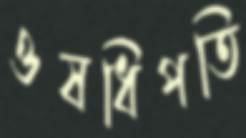
ওষধিপতি